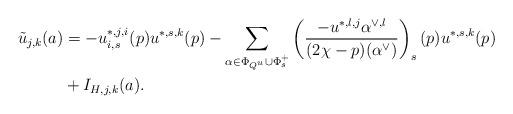
LaTeX: \begin{align*}\tilde{u}_{j,k}(a)& = -u^{*,j,i}_{i,s}(p)u^{*,s,k}(p)-\sum_{\alpha\in\Phi_{Q^u}\cup\Phi_s^+}\left(\frac{-u^{*,l,j}\alpha^{\vee,l}}{(2\chi-p)(\alpha^{\vee})}\right)_s(p)u^{*,s,k}(p) \\& +I_{H,j,k}(a).\end{align*}